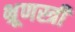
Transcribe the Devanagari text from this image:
भ्रूणस्त्री